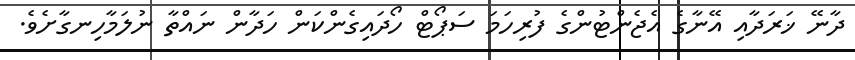
ދާނޭ ޚަރަދާއި އޭނާގެ އެޖެންޓުންގެ ފުރިހަމަ ސަޕޯޓް ހޯދައިގެންކަން ހަދާން ނައްތާ ނުލަމާހިނގާށެވެ.